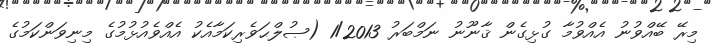
މިރޭ ބޭއްވުނު އެއްވުމާ ގުޅިގެން ޤާނޫނު ނަމްބަރު 1/2013 (ޞުލްޙަވެރިކަމާއެކު އެއްވެއުޅުމުގެ މިނިވަންކަމުގެ